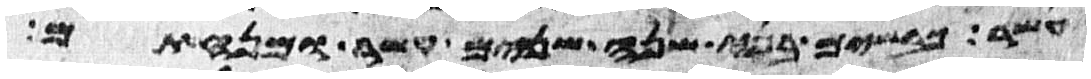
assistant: עשר כבשים בני שנה שנים עשר ומנחתם